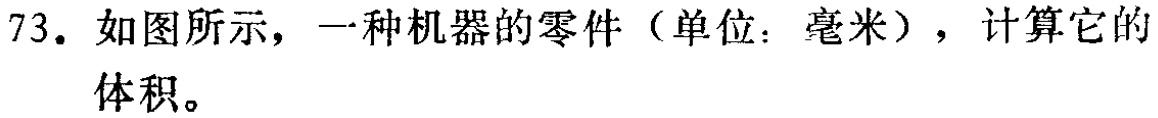
73. 如图所示，一种机器的零件（单位：毫米），计算它的

体积。